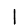
Digit: 1